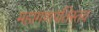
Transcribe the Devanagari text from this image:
महागणपतिस्तव